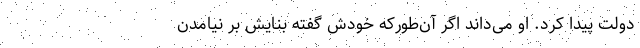
دولت پیدا کرد. او می‌داند اگر آن‌طور‌که خودش گفته بنایش بر نیامدن